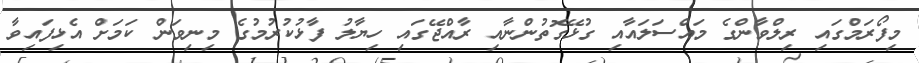
މިފޯރަމްގައި ރިލްވާންގެ މައްސަލައާއި ގުޅޭގޮތުންނާއި ރާއްޖޭގައި ހިޔާލު ފާޅުކުރުމުގެ މިނިވަން ކަމަށް އެޅިފައިވާ